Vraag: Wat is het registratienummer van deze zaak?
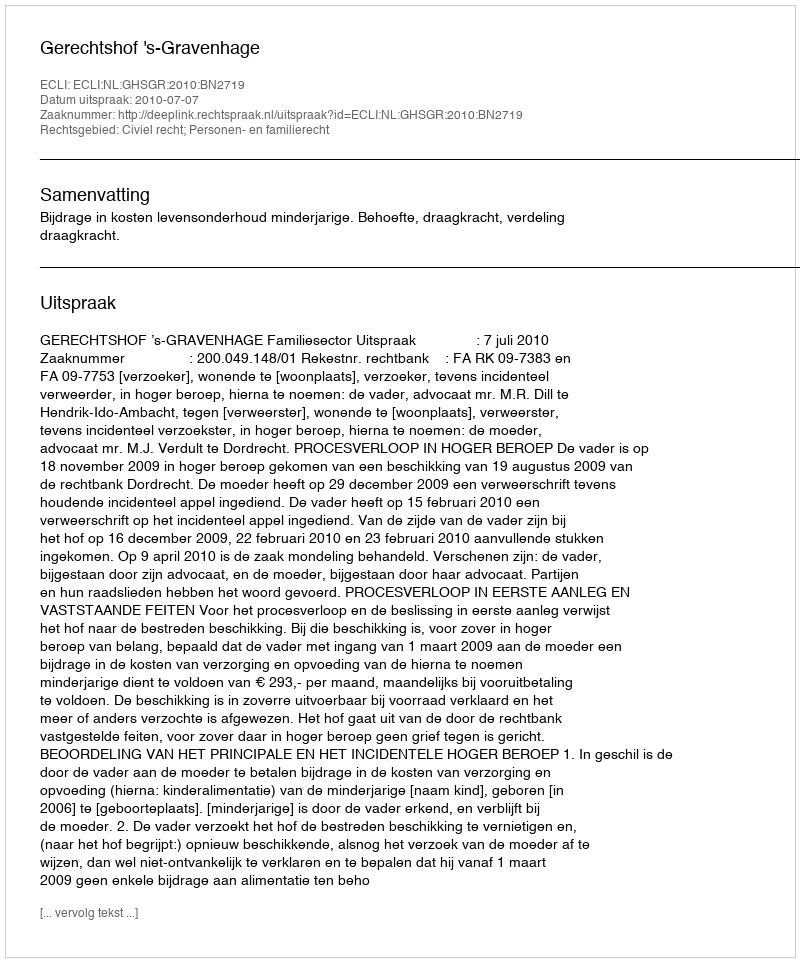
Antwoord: http://deeplink.rechtspraak.nl/uitspraak?id=ECLI:NL:GHSGR:2010:BN2719